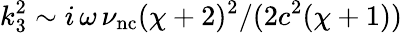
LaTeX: k_{3}^{2}\sim i\, \omega\, \nu_{\mathrm{nc}}(\chi+2)^{2}/(2c^{2}(\chi+1))